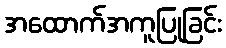
အထောက်အကူပြုခြင်း